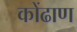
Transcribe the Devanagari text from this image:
कोंढाण